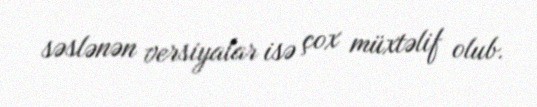
səslənən versiyalar isə çox müxtəlif olub.